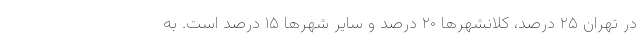
در تهران ۲۵ درصد، کلانشهر‌ها ۲۰ درصد و سایر شهر‌ها ۱۵ درصد است. به